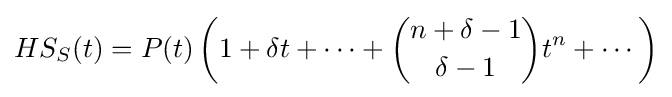
HS_{S}(t)=P(t)\left(1+\delta t+\cdots +{\binom {n+\delta -1}{\delta -1}}t^{n}+\cdots \right)